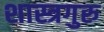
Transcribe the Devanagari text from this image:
शास्त्रगुरु